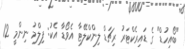
"ބޯއިހުޑް" ގެ ޑައިރެކްޓަރު ރިޗަޑް ލިންކްލޭޓާ އެވޯޑާ އެކު: ފިލްމު ނިންމީ 12